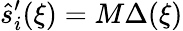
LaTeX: \hat{s}_{i}^{\prime}(\xi)=M\Delta(\xi)